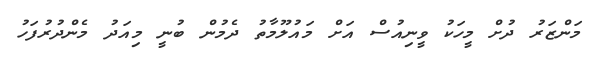
މަންޒަރު ދުށް މީހަކު ވީނިއުސް އަށް މައުލޫމާތު ދެމުން ބުނީ މިއަދު މެންދުރުފަހު